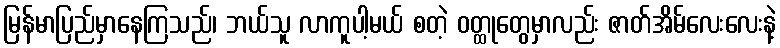
မြန်မာပြည်မှာနေကြသည်၊ ဘယ်သူ လာကူပါ့မယ် စတဲ့ ဝတ္ထုတွေမှာလည်း ဇာတ်အိမ်လေးလေးနဲ့